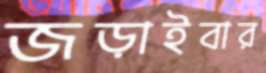
জড়াইবার